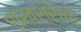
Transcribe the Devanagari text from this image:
शंखश्रेष्ठ